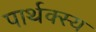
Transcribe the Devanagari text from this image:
पार्थक्स्य